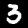
Label: 3